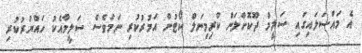
އެ މައްސަލައިގައި ސަލީމް ދޫކޮށްލަން ކްރިމިނަލް ކޯޓުން އަމުރުކުރި ނަމަވެސް ސަލީމާއެކު ހައްޔަރުކުރި